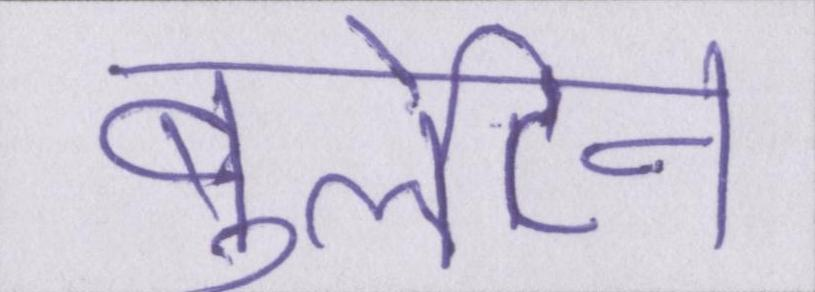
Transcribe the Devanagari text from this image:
बुलेटिन